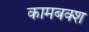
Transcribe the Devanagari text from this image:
कामबक्श